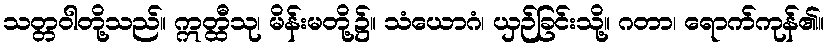
သတ္တဝါတို့သည်။ ဣတ္ထီသု၊ မိန်းမတို့၌။ သံယောဂံ၊ ယှဉ်ခြင်းသို့။ ဂတာ၊ ရောက်ကုန်၏။